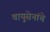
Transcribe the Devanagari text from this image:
वायुसेनांचे